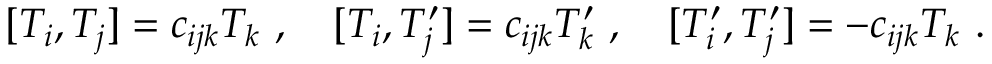
[ T _ { i } , T _ { j } ] = c _ { i j k } T _ { k } \ , \quad [ T _ { i } , T _ { j } ^ { \prime } ] = c _ { i j k } T _ { k } ^ { \prime } \ , \quad [ T _ { i } ^ { \prime } , T _ { j } ^ { \prime } ] = - c _ { i j k } T _ { k } \ .